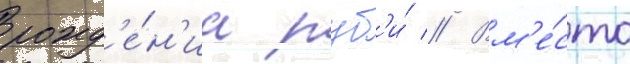
рожд'е́н'иа руб'и́ // Вм'е́сто